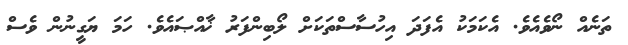
ތަނެއް ނޯވެއެވެ. އެކަމަކު އެފަދަ އިހުސާސްތަކަށް ލޯބިންފަރު ޚާއްޞައެވެ. ހަމަ ޔަގީނުން ވެސް